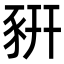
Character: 豣